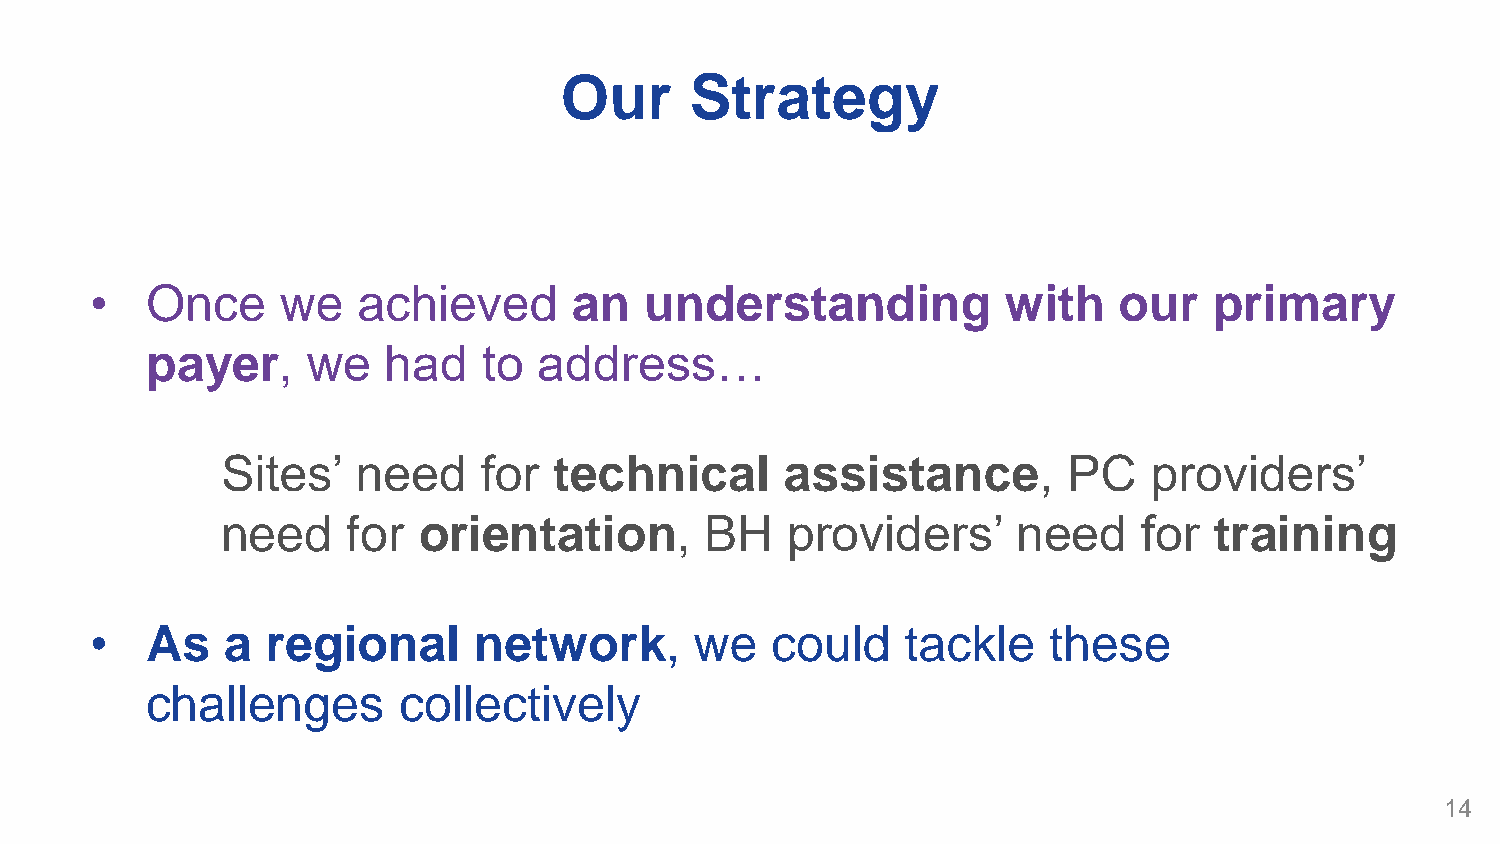
Our      Strategy
 •   Once     we   achieved      an   understanding           with   our   primary
 payer,    we   had    to  address…
 Sites’   need    for  technical      assistance,        PC   providers’
 need    for  orientation,       BH   providers’     need     for training
 •   As   a  regional     network,       we   could    tackle   these
 challenges      collectively
 14